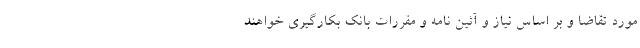
مورد تقاضا و بر اساس نیاز و آئین نامه و مقررات بانک بکارگیری خواهند